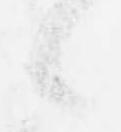
候